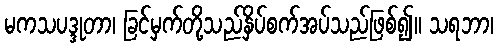
မကသပဒ္ဒုတာ၊ ခြင်မှက်တို့သည်နှိပ်စက်အပ်သည်ဖြစ်၍။ သရဘာ၊